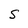
Character: S